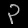
Digit: ၃